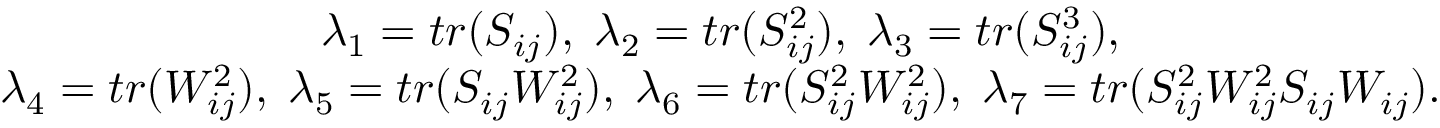
\begin{array} { c } { \lambda _ { 1 } = t r ( S _ { i j } ) , \; \lambda _ { 2 } = t r ( S _ { i j } ^ { 2 } ) , \; \lambda _ { 3 } = t r ( S _ { i j } ^ { 3 } ) , } \\ { \lambda _ { 4 } = t r ( W _ { i j } ^ { 2 } ) , \; \lambda _ { 5 } = t r ( S _ { i j } W _ { i j } ^ { 2 } ) , \; \lambda _ { 6 } = t r ( S _ { i j } ^ { 2 } W _ { i j } ^ { 2 } ) , \; \lambda _ { 7 } = t r ( S _ { i j } ^ { 2 } W _ { i j } ^ { 2 } S _ { i j } W _ { i j } ) . } \end{array}